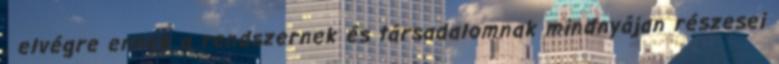
, elvégre ennek a rendszernek és társadalomnak mindnyájan részesei